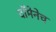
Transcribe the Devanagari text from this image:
दॉमेनेच